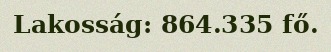
Lakosság: 864.335 fő.